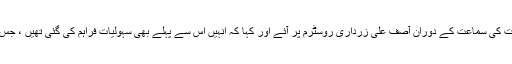
جیل میں سہولیات نہ دینے کےخلاف توہین عدالت کی درخواست کی سماعت کے دوران آصف علی زرداری روسٹرم پر آئے اور کہا کہ انہیں اس سے پہلے بھی سہولیات فراہم کی گئی تھیں ، جس پر جج نے استفسار کیا کہ کیا کسی جیل میں سہولت دی گئی ۔